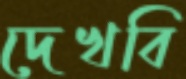
দেখবি